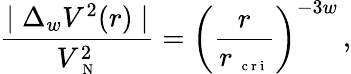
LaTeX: \frac{\mid\Delta_{w}V^{2}(r)\mid}{V_{\mathrm{~\scriptsize~N~}}^{2}}=\left(\frac{r}{r_{\mathrm{~\scriptsize~c~r~i~}}}\right)^{-3w}\, ,